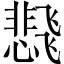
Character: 𬲊